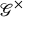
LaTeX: { \mathcal { G } } ^ { \times }